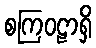
စကြဝဠာရှိ